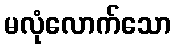
မလုံလောက်သော